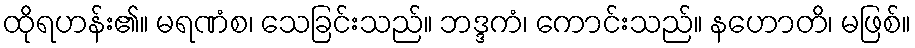
ထိုရဟန်း၏။ မရဏံစ၊ သေခြင်းသည်။ ဘဒ္ဒကံ၊ ကောင်းသည်။ နဟောတိ၊ မဖြစ်။